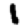
Digit: 1